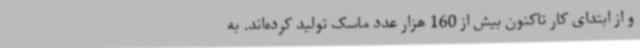
و از ابتدای کار تاکنون بیش از 160 هزار عدد ماسک تولید کرده‌اند. به